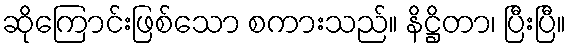
ဆိုကြောင်းဖြစ်သော စကားသည်။ နိဋ္ဌိတာ၊ ပြီးပြီ။